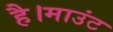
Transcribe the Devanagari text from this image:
है।माउंट